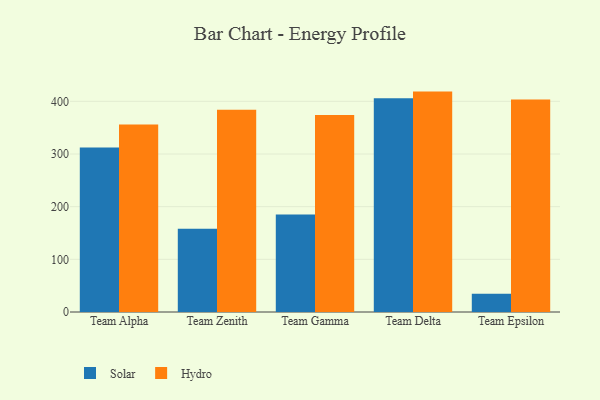
{"axis": {"x": "Team", "y": "Population (Million)"}, "legend": ["Hydro", "Solar"], "data": [{"x": "Team Alpha", "y": 312.2, "type": "Solar"}, {"x": "Team Alpha", "y": 356.2, "type": "Hydro"}, {"x": "Team Zenith", "y": 158.2, "type": "Solar"}, {"x": "Team Zenith", "y": 384.0, "type": "Hydro"}, {"x": "Team Gamma", "y": 185.0, "type": "Solar"}, {"x": "Team Gamma", "y": 374.1, "type": "Hydro"}, {"x": "Team Delta", "y": 406.1, "type": "Solar"}, {"x": "Team Delta", "y": 418.5, "type": "Hydro"}, {"x": "Team Epsilon", "y": 34.8, "type": "Solar"}, {"x": "Team Epsilon", "y": 403.3, "type": "Hydro"}]}